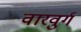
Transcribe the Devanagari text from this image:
वारवुर्ग